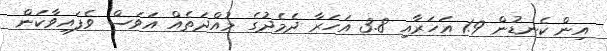
އިން ކެނޑުން 1.9 އަހަރާއި 3.8 އަހަރާ ދެމެދުގެ މުއްދަތެއް އަވަސް ވެފައިވާކަން